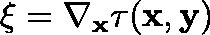
\mathbf { \xi } = \nabla _ { \mathbf { x } } \tau ( \mathbf { x } , \mathbf { y } )